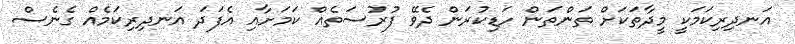
އަނދިރިކަމަކީ މީދާތަކަށް ތަންތަން ހަޑިކުރަން ދެވޭ ފުރުސަތެއް ކަމަށާއި އެފަދަ އަނދިރިކަމެއް ގެނެސް